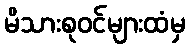
မိသားစုဝင်များထံမှ